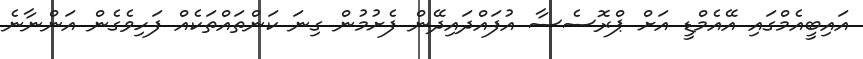
އައިބީއެމްގައި އޭއެމްޑީ އަށް ޕްރޮސެސާ އުފައްދައިދޭން ފެށުމުން ގިނަ ކަންތައްތަކެއް ފަހިވެގެން އަންނާނެ